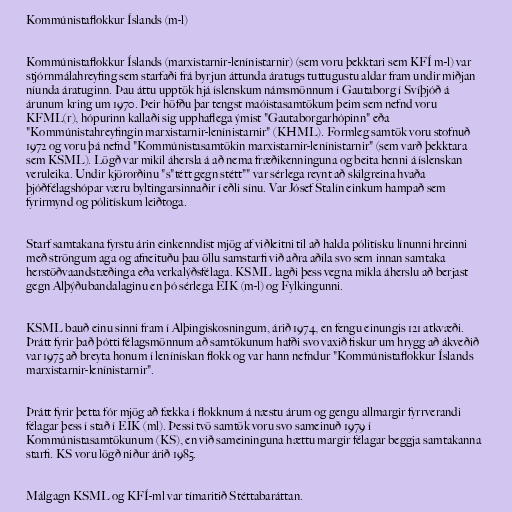
Kommúnistaflokkur Íslands (m-l)

Kommúnistaflokkur Íslands (marxistarnir-lenínistarnir) (sem voru þekktari sem KFÍ m-l) var
stjórnmálahreyfing sem starfaði frá byrjun áttunda áratugs tuttugustu aldar fram undir miðjan
níunda áratuginn. Þau áttu upptök hjá íslenskum námsmönnum í Gautaborg í Svíþjóð á
árunum kring um 1970. Þeir höfðu þar tengst maóistasamtökum þeim sem nefnd voru
KFML(r), hópurinn kallaði sig upphaflega ýmist "Gautaborgarhópinn" eða
"Kommúnistahreyfingin marxistarnir-lenínistarnir" (KHML). Formleg samtök voru stofnuð
1972 og voru þá nefnd "Kommúnistasamtökin marxistarnir-lenínistarnir" (sem varð þekktara
sem KSML). Lögð var mikil áhersla á að nema fræðikenninguna og beita henni á íslenskan
veruleika. Undir kjörorðinu "s"tétt gegn stétt"" var sérlega reynt að skilgreina hvaða
þjóðfélagshópar væru byltingarsinnaðir í eðli sínu. Var Jósef Stalín einkum hampað sem
fyrirmynd og pólitískum leiðtoga.

Starf samtakana fyrstu árin einkenndist mjög af viðleitni til að halda pólitísku línunni hreinni
með ströngum aga og afneituðu þau öllu samstarfi við aðra aðila svo sem innan samtaka
herstöðvaandstæðinga eða verkalýðsfélaga. KSML lagði þess vegna mikla áherslu að berjast
gegn Alþýðubandalaginu en þó sérlega EIK (m-l) og Fylkingunni.

KSML bauð einu sinni fram í Alþingiskosningum, árið 1974, en fengu einungis 121 atkvæði.
Þrátt fyrir það þótti félagsmönnum að samtökunum hafði svo vaxið fiskur um hrygg að ákveðið
var 1975 að breyta honum í lenínískan flokk og var hann nefndur "Kommúnistaflokkur Íslands
marxistarnir-lenínistarnir".

Þrátt fyrir þetta fór mjög að fækka í flokknum á næstu árum og gengu allmargir fyrrverandi
félagar þess í stað í EIK (ml). Þessi tvö samtök voru svo sameinuð 1979 í
Kommúnistasamtökunum (KS), en við sameininguna hættu margir félagar beggja samtakanna
starfi. KS voru lögð niður árið 1985.

Málgagn KSML og KFÍ-ml var tímaritið Stéttabaráttan.